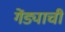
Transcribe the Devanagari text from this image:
गेंड्याची